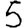
Digit: 5